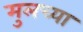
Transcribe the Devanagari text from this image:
मुलच्या